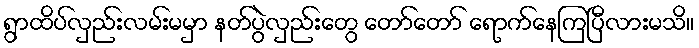
ရွာထိပ်လှည်းလမ်းမမှာ နတ်ပွဲလှည်းတွေ တော်တော် ရောက်နေကြပြီလားမသိ။